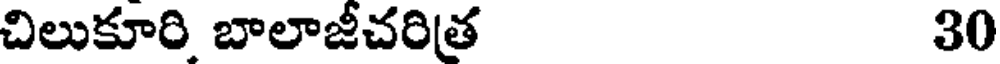
చిలుకూరి బాలాజీచరిత 30